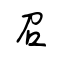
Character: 召